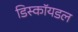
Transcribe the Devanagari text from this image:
डिस्कॉयडल